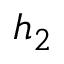
h _ { 2 }